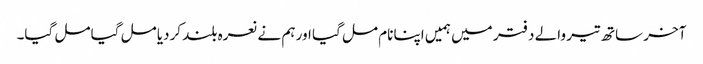
آخر ساتھ تیر والے دفتر میں ہمیں اپنا نام مل گیا اور ہم نے نعرہ بلند کردیا مل گیا مل گیا۔